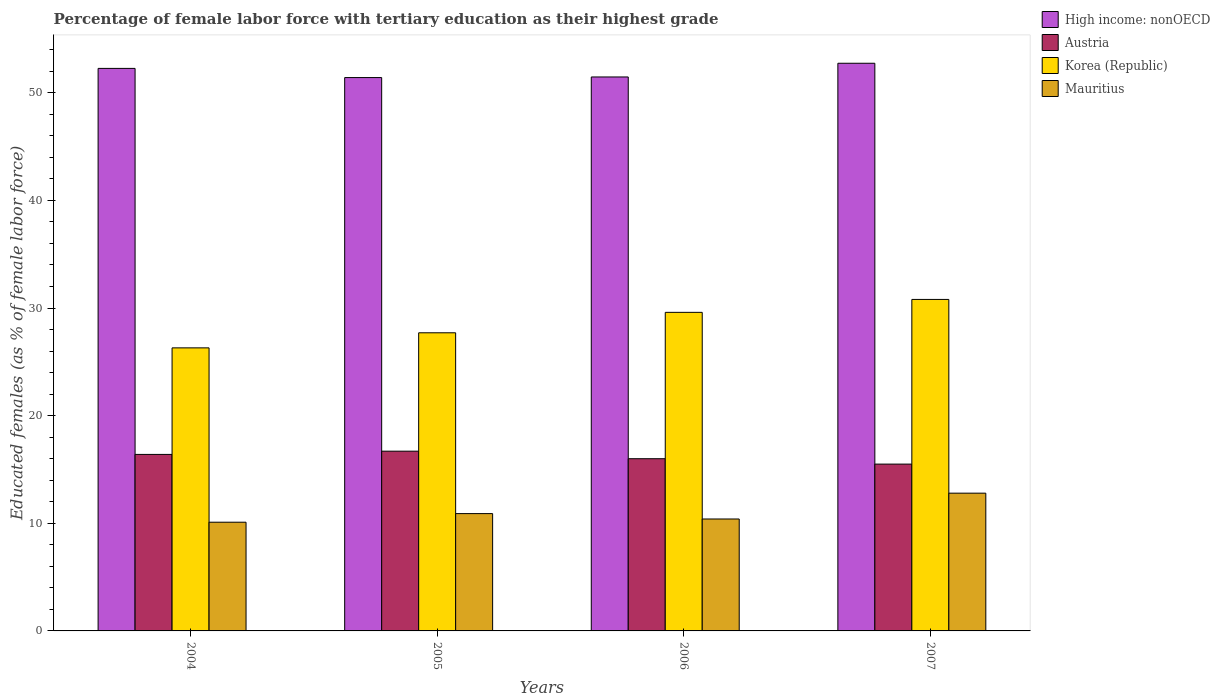
| Years | High income: nonOECD | Austria | Korea (Republic) | Mauritius |
 | --- | --- | --- | --- | --- |
 | 2004 | 52.3 | 16.4 | 26.3 | 10.1 |
 | 2005 | 51.4 | 16.7 | 27.7 | 10.9 |
 | 2006 | 51.5 | 16 | 29.6 | 10.4 |
 | 2007 | 52.7 | 15.5 | 30.8 | 12.8 |